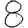
Digit: 8